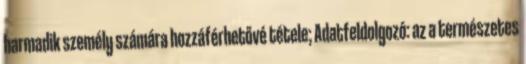
harmadik személy számára hozzáférhetővé tétele; Adatfeldolgozó: az a természetes